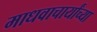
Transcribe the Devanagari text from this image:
माधवाचार्यांच्या